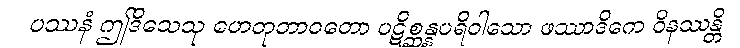
ပဿနံ ဤဒိသေသု ဟေတုဘာဝတော ပဋိစ္ဆန္နပရိဝါသော ဖဿာဒိကေ ဝိနဿန္တိ